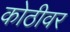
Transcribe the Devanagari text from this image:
कोठीवर